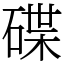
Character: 碟